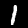
Digit: 1